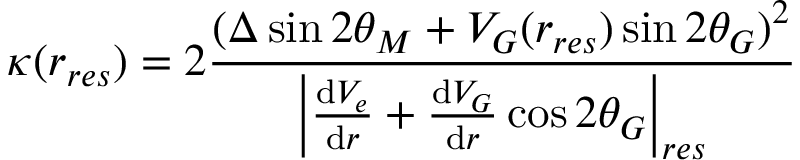
\kappa ( r _ { r e s } ) = 2 \frac { ( \Delta \sin 2 \theta _ { M } + V _ { G } ( r _ { r e s } ) \sin 2 \theta _ { G } ) ^ { 2 } } { \left| \frac { \mathrm { d } V _ { e } } { \mathrm { d } r } + \frac { \mathrm { d } V _ { G } } { \mathrm { d } r } \cos 2 \theta _ { G } \right| _ { r e s } }